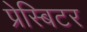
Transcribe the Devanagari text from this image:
प्रेस्बिटर